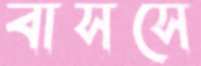
বাসসে